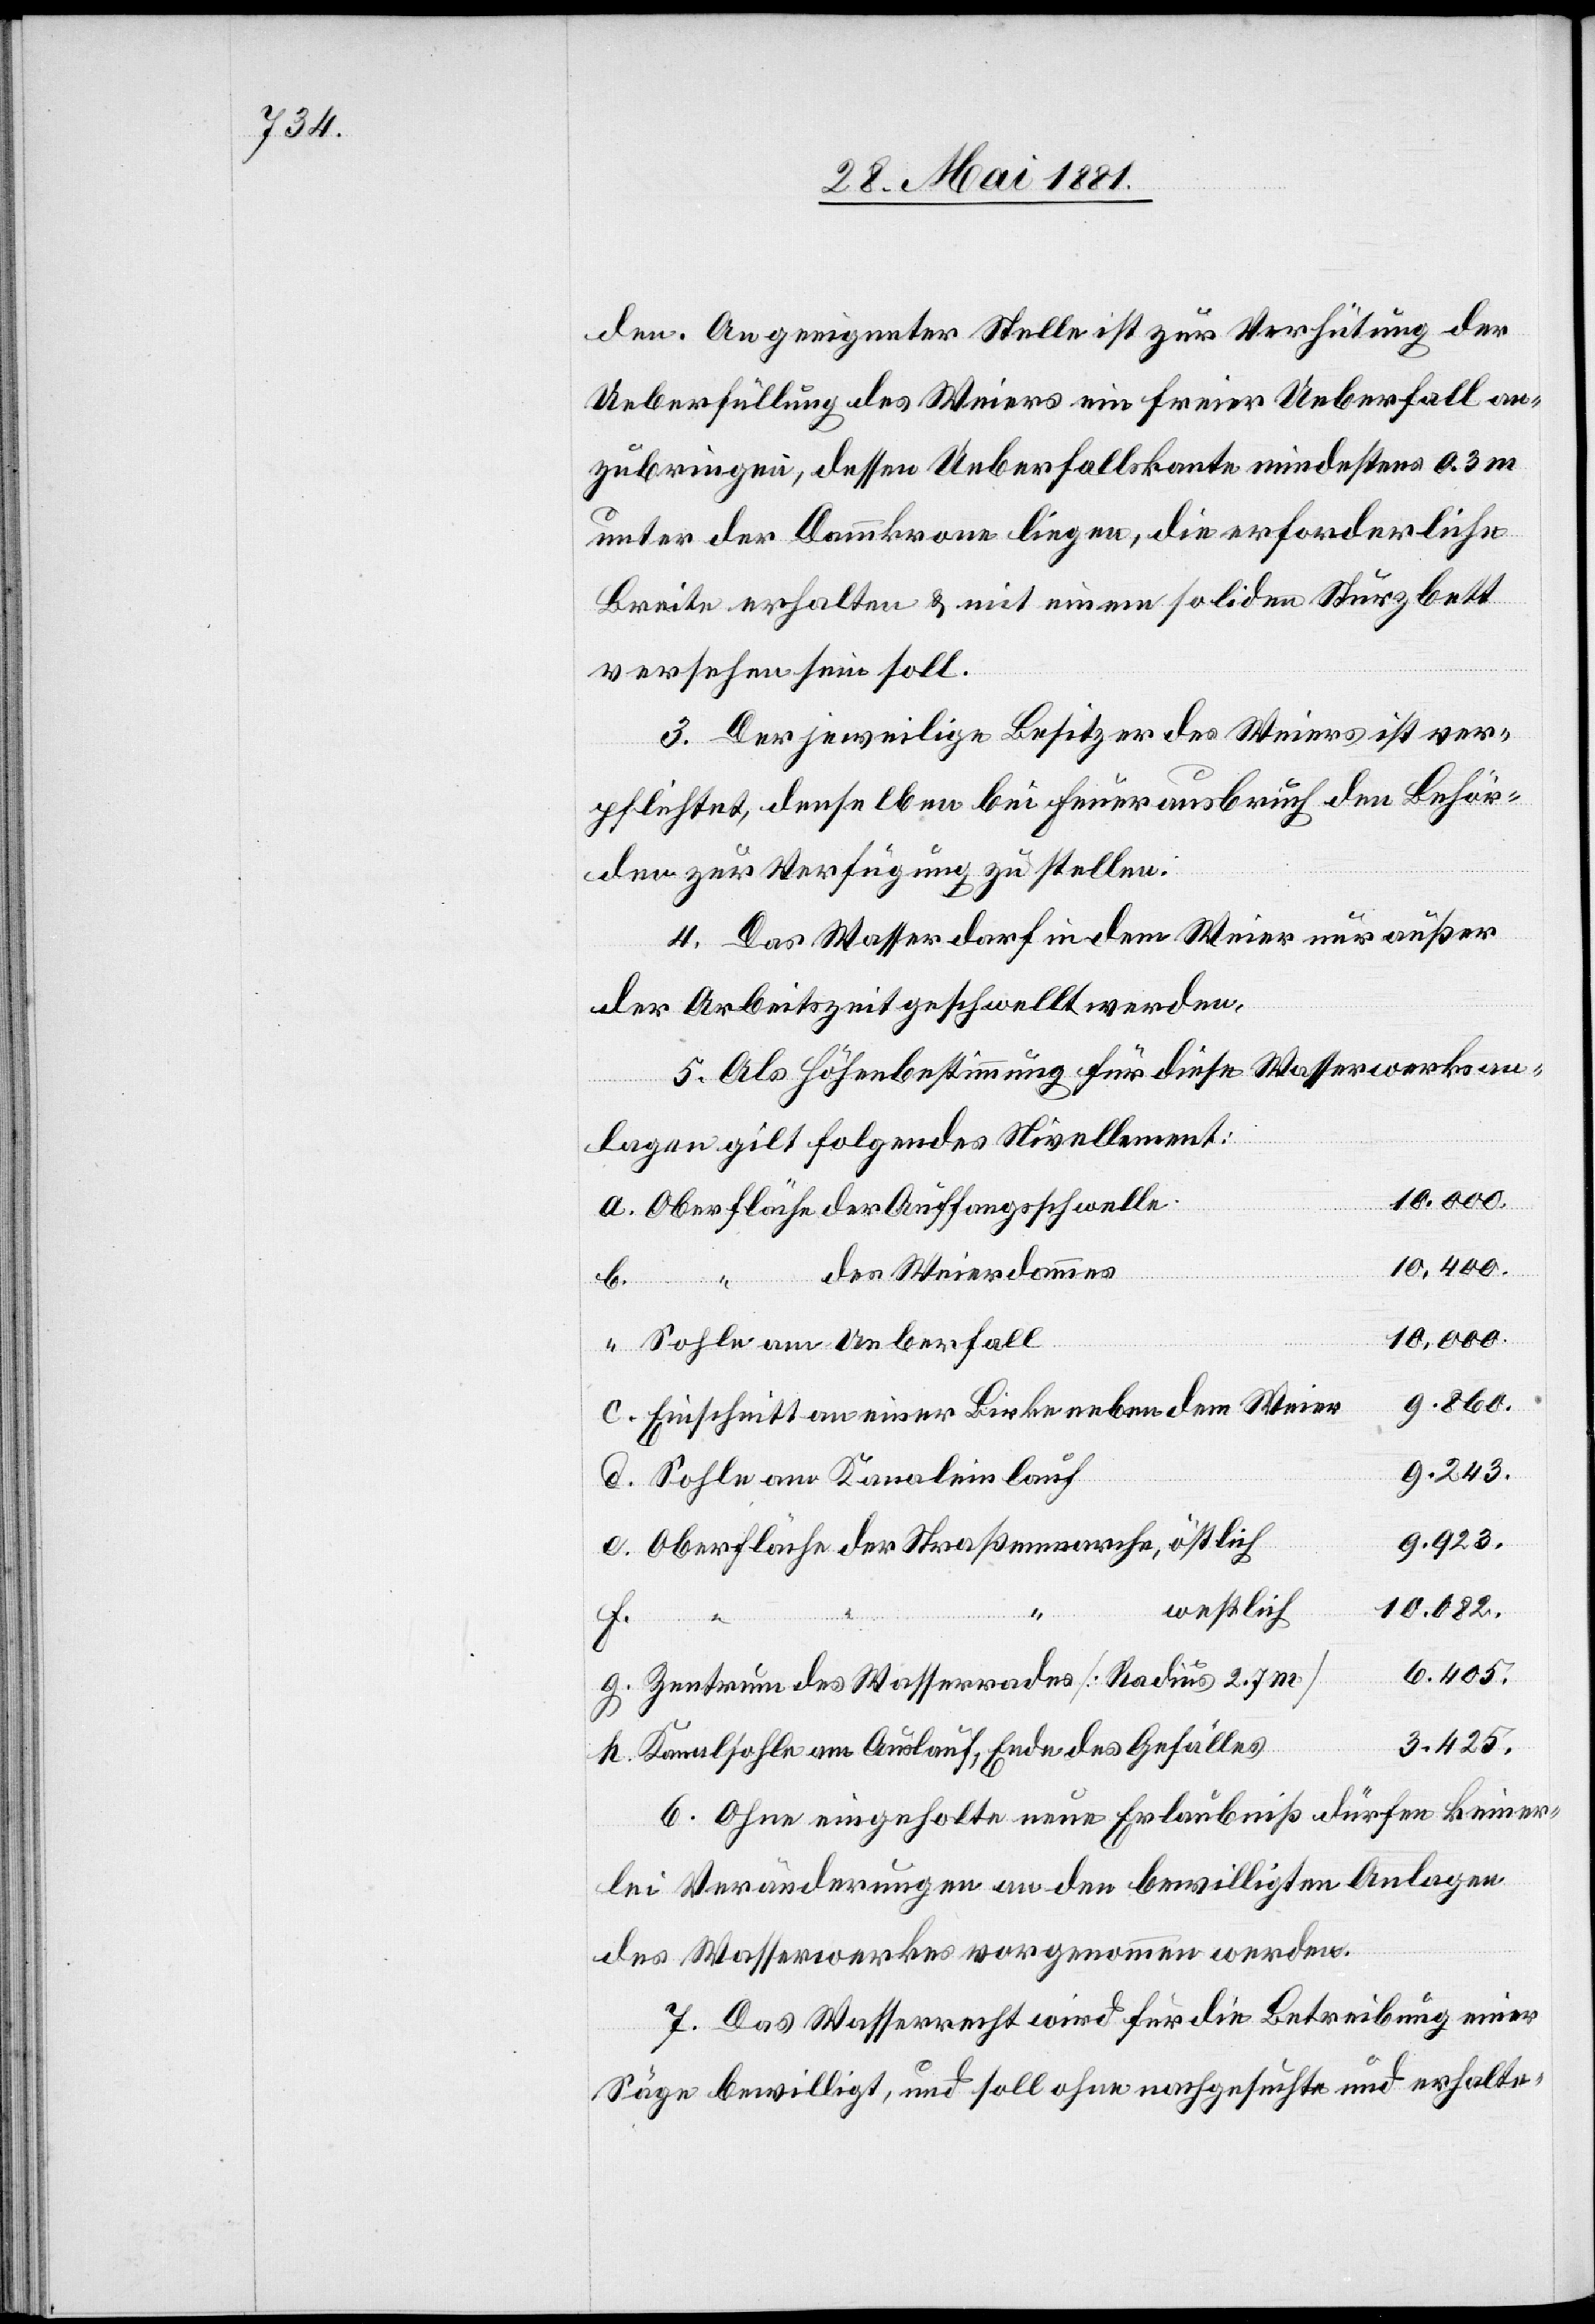
den. An geeigneter Stelle ist zur Verhütung der
Ueberfüllung des Weiers ein freier Ueberfall an¬
zubringen, dessen Ueberfallkante mindestens 0.3 m
unter der Dammkrone liegen, die erforderliche
Breite erhalten & mit einem soliden Sturzbett
versehen sein soll.
3. Der jeweilige Besitzer des Weiers ist ver¬
pflichtet, denselben bei Feuerausbruch den Behör¬
den zur Verfügung zu stellen.
4. Das Wasser darf in dem Weier nur außer
der Arbeitszeit geschwellt werden.
5. Als Höhenbestimmung für diese Wasserwerksan¬
lage gilt folgendes Nivellement:
b.
Sohle an Ueberfall
860.
Einschnitt an einer Birke neben dem Weier
923.
Sohle am Kanaleinlauf
westlich
6.
3.
h.
Zentrum des Wasserrades [Radius 2.7
425.
Kanalsohle am Auslauf, Ende des Gefälles
6. Ohne eingeholte neue Erlaubniß dürfen keiner¬
lei Veränderungen an den bewilligten Anlagen
des Wasserwerkes vorgenommen werden.
7. Das Wasserrecht wird für die Betreibung einer
Säge bewilligt, und soll ohne nachgesuchte und erhalte-